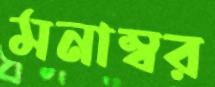
মনাম্বর